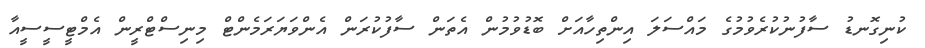
ކުނިގޮނޑު ސާފުނުކުރެވުމުގެ މައްސަލަ އިންތިހާއަށް ބޮޑުވުމުން އެތަން ސާފުކުރަން އެންވަޔަރަމެންޓް މިނިސްޓްރީން އެމްޓީސީސީއާ